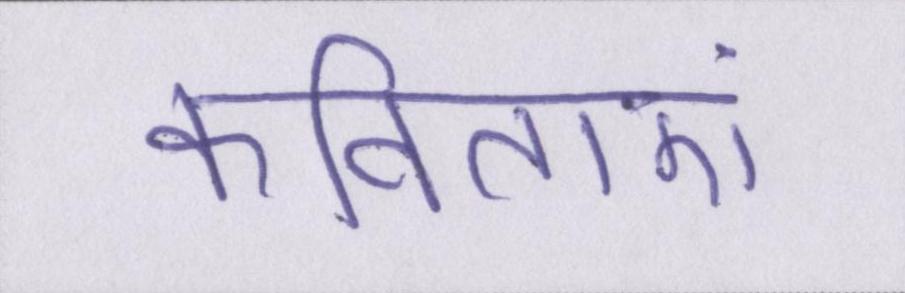
कविताएं